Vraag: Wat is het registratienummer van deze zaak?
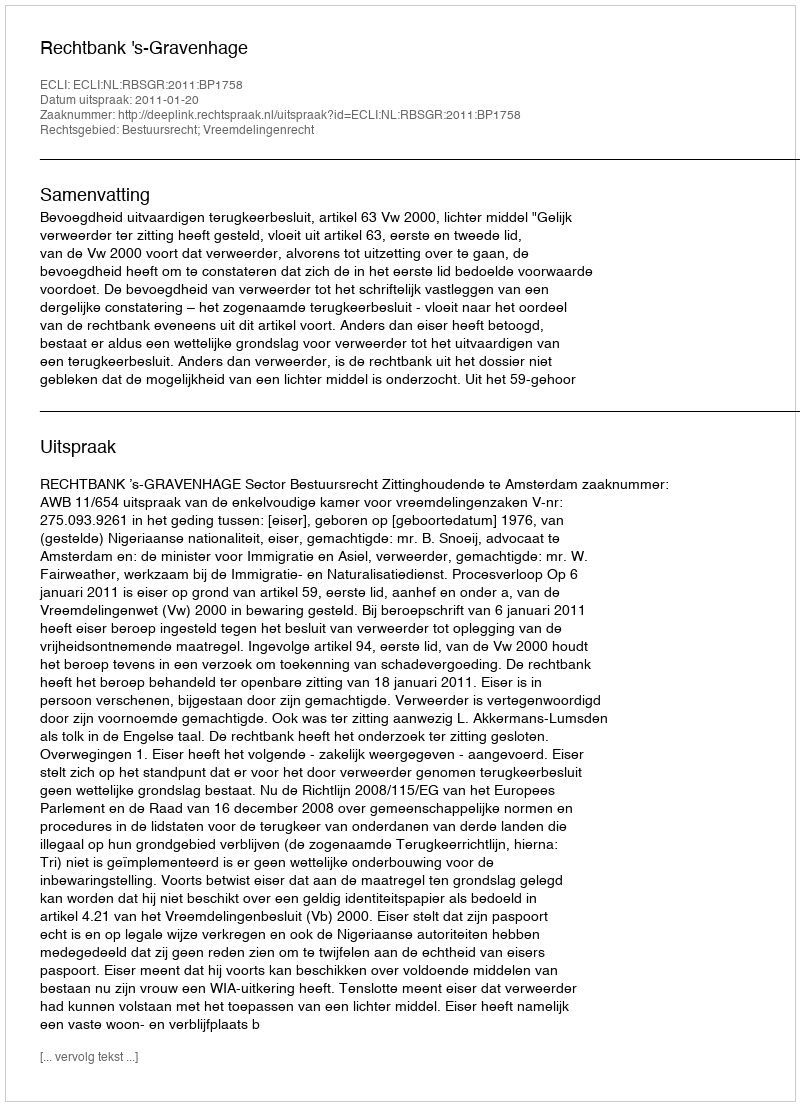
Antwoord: http://deeplink.rechtspraak.nl/uitspraak?id=ECLI:NL:RBSGR:2011:BP1758